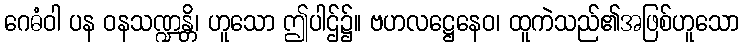
ဂေဓံဝါ ပန ဝနသဏ္ဍန္တိ၊ ဟူသော ဤပါဌ်၌။ ဗဟလဋ္ဌေနေဝ၊ ထူကဲသည်၏အဖြစ်ဟူသော